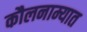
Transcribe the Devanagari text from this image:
कौलनाम्यात